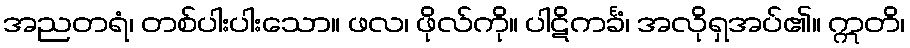
အညတရံ၊ တစ်ပါးပါးသော။ ဖလ၊ ဖိုလ်ကို။ ပါဋိကင်္ခံ၊ အလိုရှအပ်၏။ ဣတိ၊